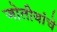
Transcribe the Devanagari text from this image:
जोतीबांचे